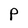
Character: P